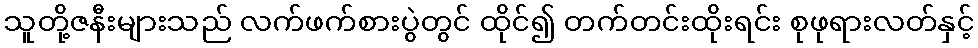
သူတို့ဇနီးများသည် လက်ဖက်စားပွဲတွင် ထိုင်၍ တက်တင်းထိုးရင်း စုဖုရားလတ်နှင့်